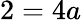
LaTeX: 2=4a